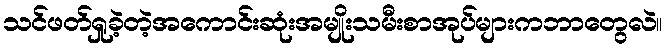
သင်ဖတ်ရှုခဲ့တဲ့အကောင်းဆုံးအမျိုးသမီးစာအုပ်များကဘာတွေလဲ။